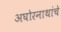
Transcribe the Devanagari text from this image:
अघोरनाथांचे